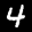
Label: 4